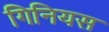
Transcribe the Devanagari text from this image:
गिनियस